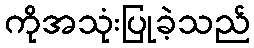
ကိုအသုံးပြုခဲ့သည်